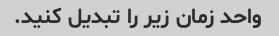
واحد زمان زیر را تبدیل کنید.